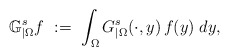
\begin{align*}\mathbb{G}^s_{|\Omega} f\ :=\ \int_\Omega G_{|\Omega}^s(\cdot,y)\,f(y)\;dy,\end{align*}